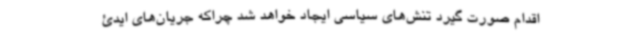
اقدام صورت گیرد تنش‌های سیاسی ایجاد خواهد شد چراکه جریان‌های ایدئ